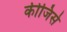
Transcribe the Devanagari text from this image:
कीजिसे